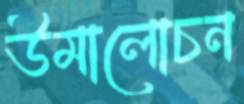
উমালোচন